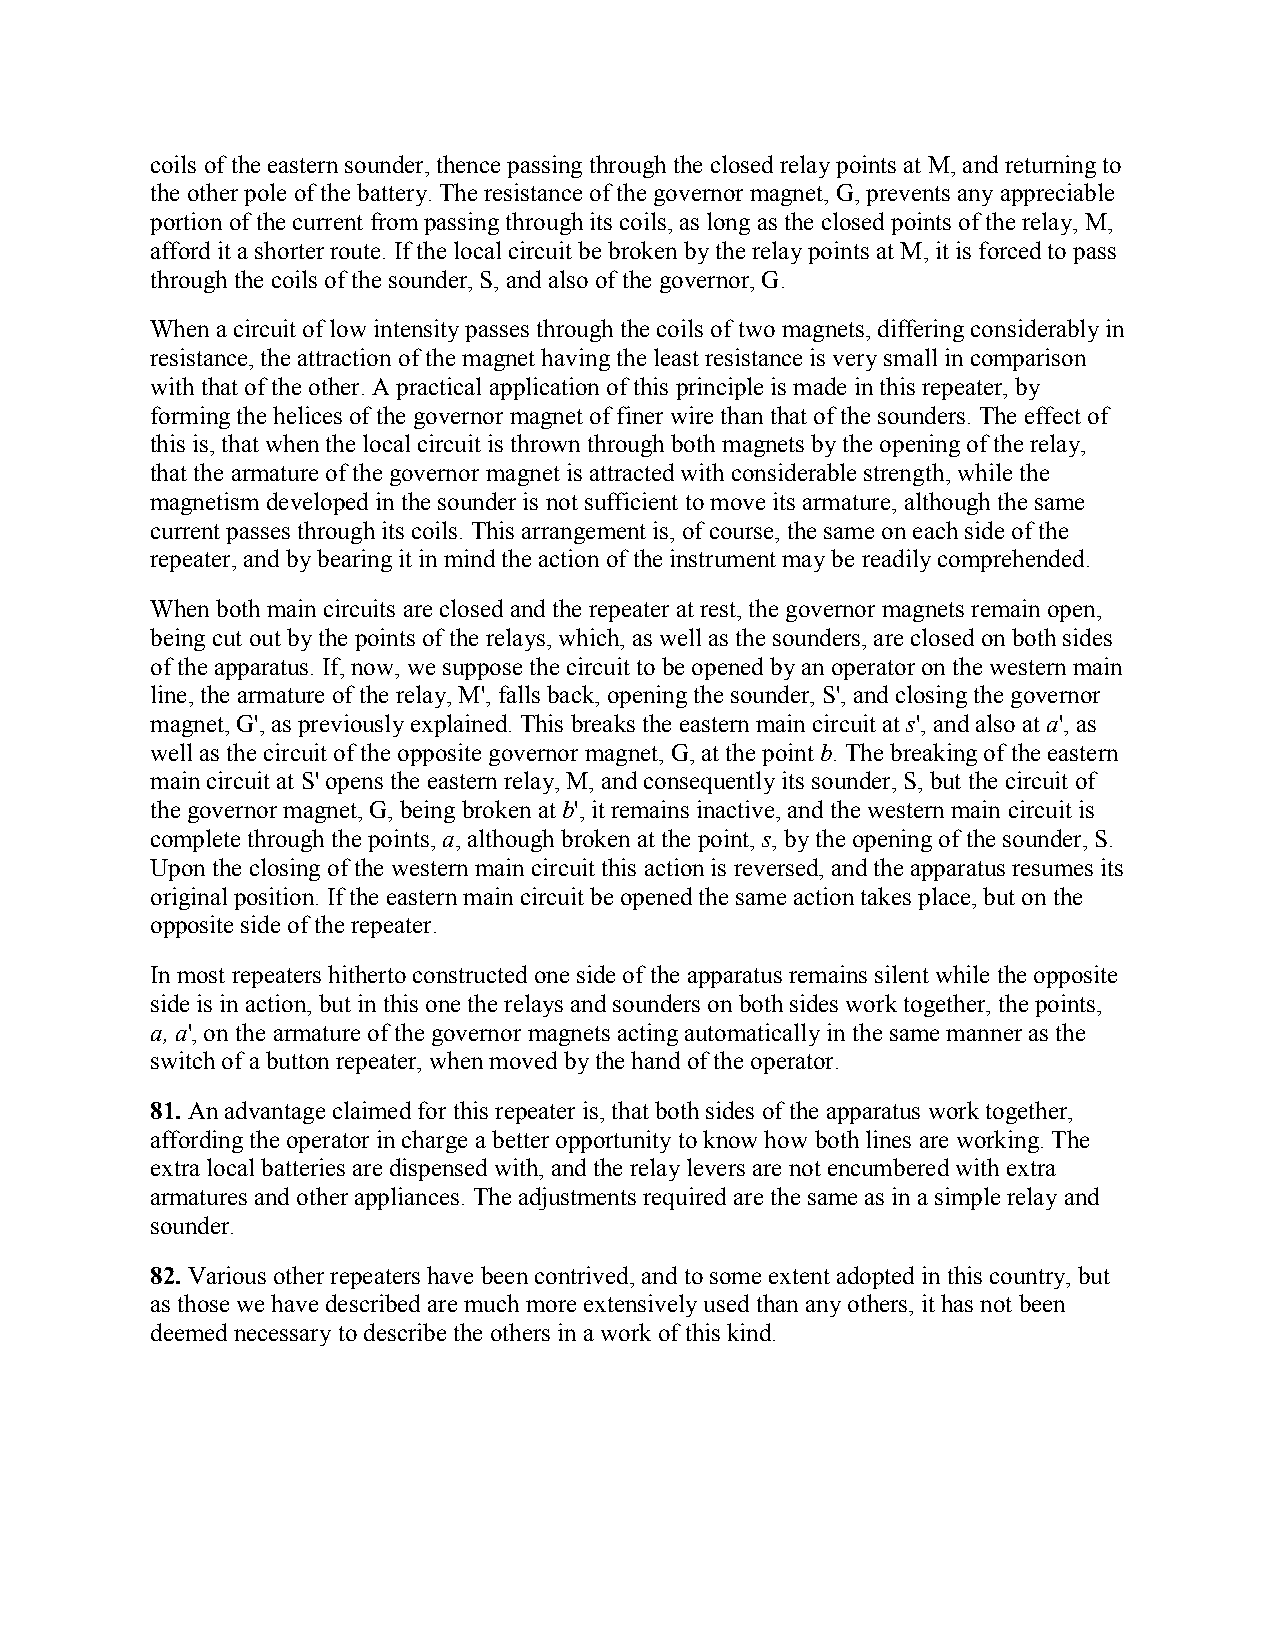
coils of the eastern sounder, thence passing through the closed relay points at M, and returning to
 the other pole of the battery. The resistance of the governor magnet, G, prevents any appreciable
 portion of the current from passing through its coils, as long as the closed points of the relay, M,
 afford it a shorter route. If the local circuit be broken by the relay points at M, it is forced to pass
 through the coils of the sounder, S, and also of the governor, G.
 When a circuit of low intensity passes through the coils of two magnets, differing considerably in
 resistance, the attraction of the magnet having the least resistance is very small in comparison
 with that of the other. A practical application of this principle is made in this repeater, by
 forming the helices of the governor magnet of finer wire than that of the sounders. The effect of
 this is, that when the local circuit is thrown through both magnets by the opening of the relay,
 that the armature of the governor magnet is attracted with considerable strength, while the
 magnetism developed in the sounder is not sufficient to move its armature, although the same
 current passes through its coils. This arrangement is, of course, the same on each side of the
 repeater, and by bearing it in mind the action of the instrument may be readily comprehended.
 When both main circuits are closed and the repeater at rest, the governor magnets remain open,
 being cut out by the points of the relays, which, as well as the sounders, are closed on both sides
 of the apparatus. If, now, we suppose the circuit to be opened by an operator on the western main
 line, the armature of the relay, M', falls back, opening the sounder, S', and closing the governor
 magnet, G', as previously explained. This breaks the eastern main circuit at s', and also at a', as
 well as the circuit of the opposite governor magnet, G, at the point b. The breaking of the eastern
 main circuit at S' opens the eastern relay, M, and consequently its sounder, S, but the circuit of
 the governor magnet, G, being broken at b', it remains inactive, and the western main circuit is
 complete through the points, a, although broken at the point, s, by the opening of the sounder, S.
 Upon the closing of the western main circuit this action is reversed, and the apparatus resumes its
 original position. If the eastern main circuit be opened the same action takes place, but on the
 opposite side of the repeater.
 In most repeaters hitherto constructed one side of the apparatus remains silent while the opposite
 side is in action, but in this one the relays and sounders on both sides work together, the points,
 a, a', on the armature of the governor magnets acting automatically in the same manner as the
 switch of a button repeater, when moved by the hand of the operator.
 81. An advantage claimed for this repeater is, that both sides of the apparatus work together,
 affording the operator in charge a better opportunity to know how both lines are working. The
 extra local batteries are dispensed with, and the relay levers are not encumbered with extra
 armatures and other appliances. The adjustments required are the same as in a simple relay and
 sounder.
 82. Various other repeaters have been contrived, and to some extent adopted in this country, but
 as those we have described are much more extensively used than any others, it has not been
 deemed necessary to describe the others in a work of this kind.